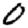
Digit: 0